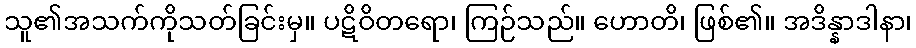
သူ၏အသက်ကိုသတ်ခြင်းမှ။ ပဋိဝိတရော၊ ကြဉ်သည်။ ဟောတိ၊ ဖြစ်၏။ အဒိန္နာဒါနာ၊